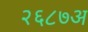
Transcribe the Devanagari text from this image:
२६८७अ